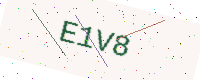
Text: E1V8